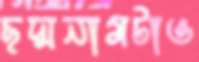
ছদ্মনামটাও